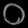
Digit: ၀